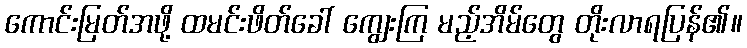
ကောင်းမြတ်အဖို့ ထမင်းဖိတ်ခေါ် ကျွေးကြ မည့်အိမ်တွေ တိုးလာရပြန်၏။